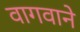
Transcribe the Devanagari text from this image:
वागवाने